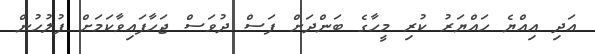
އަދި އިއްޔެ ހައްޔަރު ކުރި މީހާގެ ބަންދަށް ފަސް ދުވަސް ޖަހާފައިވާކަމަށް ފުލުހުން